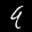
Label: 9